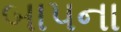
બાપના